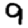
Digit: 9